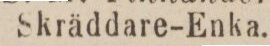
Skräddare-Enka.